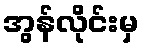
အွန်လိုင်းမှ